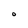
Character: O